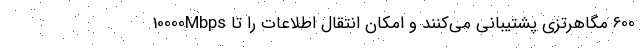
600 مگاهرتزی پشتیبانی می‌کنند و امکان انتقال اطلاعات را تا 10000Mbps